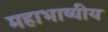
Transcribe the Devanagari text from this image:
महाभाष्यीय